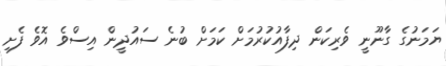
ޔަމަނުގެ ގާނޫނީ ވެރިކަން ދިފާއުކުރުމަށް ކަމަށް ބުނެ ސައުދީން އިސްވެ އޮވެ ފެށި